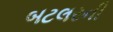
બટલરની